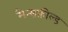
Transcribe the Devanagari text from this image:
मैन्सफ़ील्ड